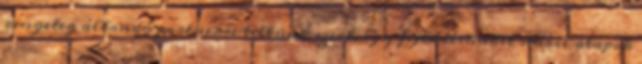
rengeteg állandó partnerre tettünk szert, így fejlődésünket stabil alapok